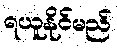
ရယူနိုင်မည်